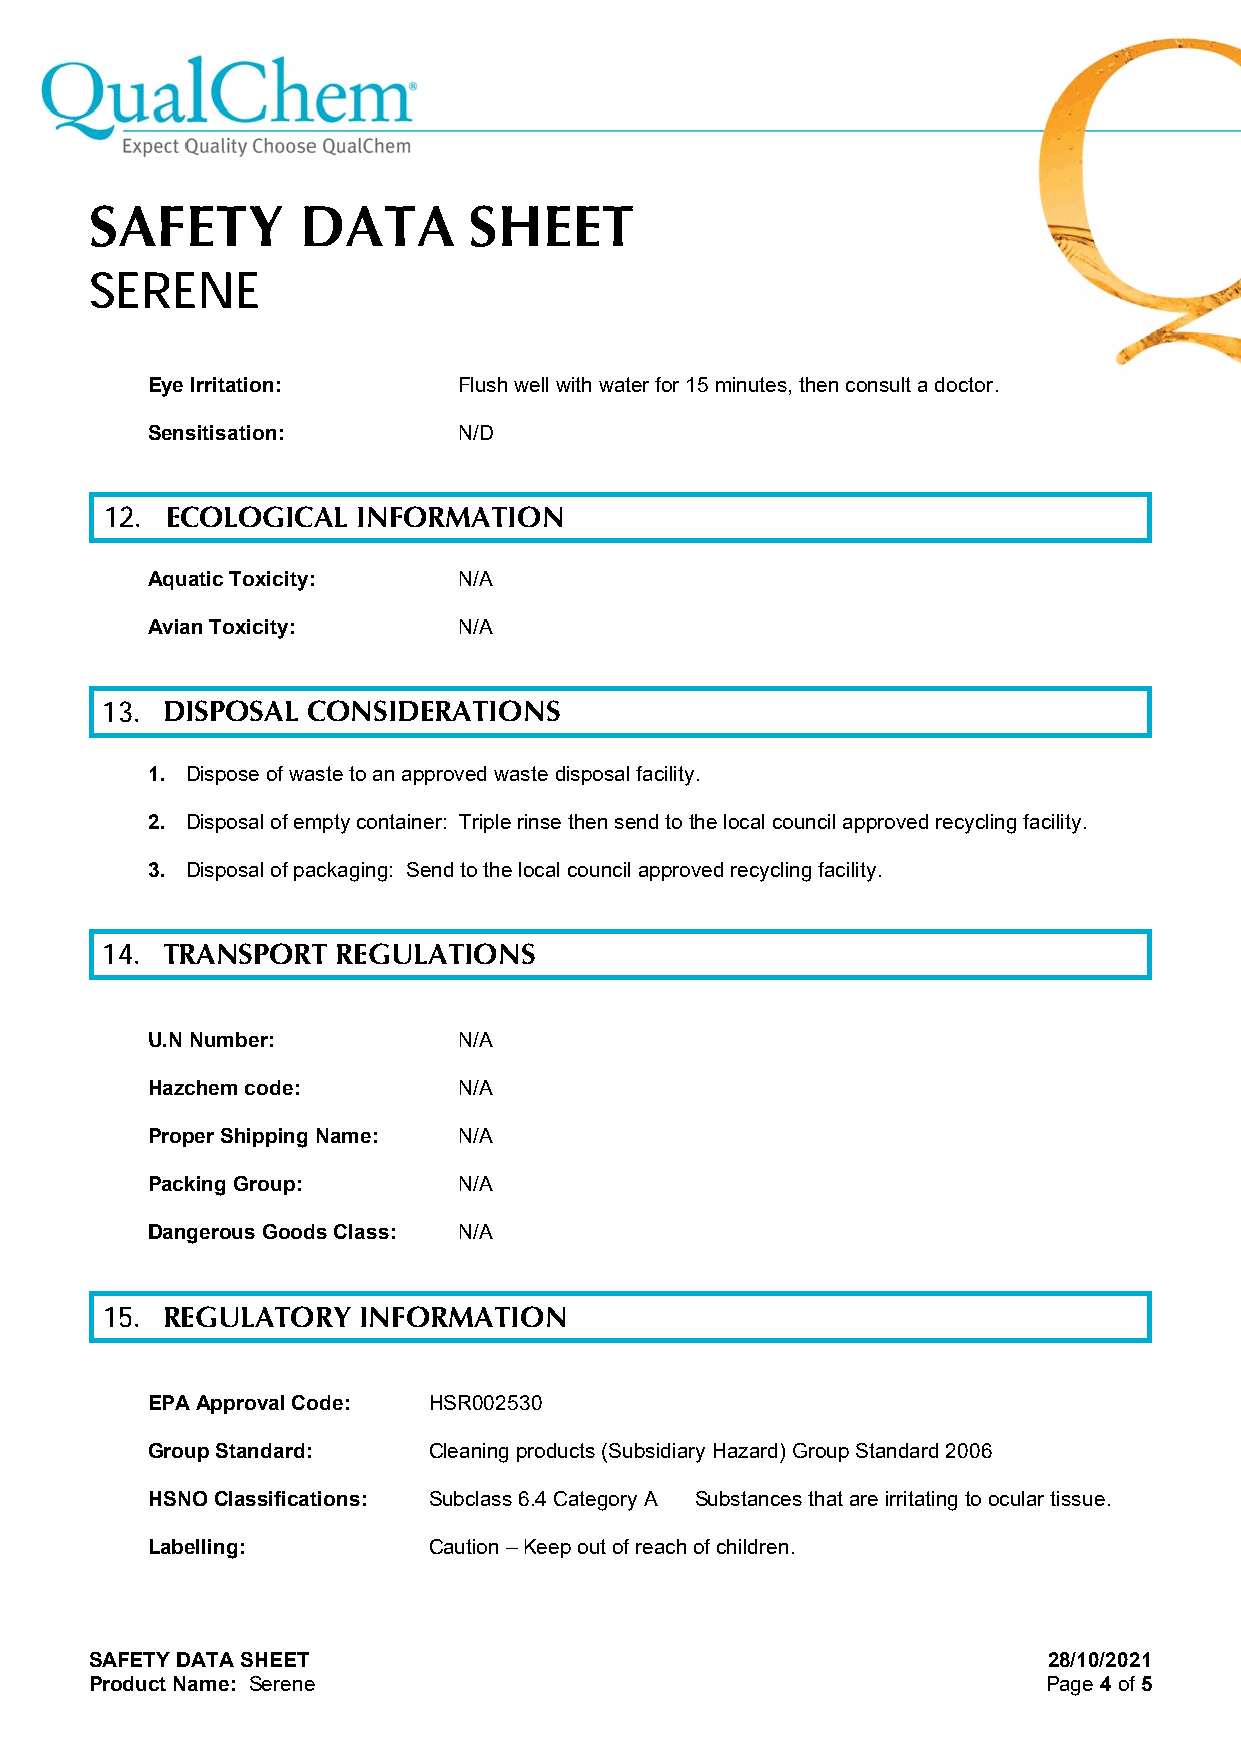
SAFETY        DATA       SHEET
 SERENE
 Eye Irritation:     Flush well with water for 15 minutes, then consult a doctor.
 Sensitisation:      N/D
 12. ECOLOGICAL   INFORMATION
 Aquatic Toxicity:   N/A
 Avian Toxicity:     N/A
 13. DISPOSAL CONSIDERATIONS
 1. Dispose of waste to an approved waste disposal facility.
 2. Disposal of empty container: Triple rinse then send to the local council approved recycling facility.
 3. Disposal of packaging: Send to the local council approved recycling facility.
 14. TRANSPORT  REGULATIONS
 U.N Number:         N/A
 Hazchem code:       N/A
 Proper Shipping Name: N/A
 Packing Group:      N/A
 Dangerous Goods Class: N/A
 15. REGULATORY   INFORMATION
 EPA Approval Code: HSR002530
 Group Standard:   Cleaning products (Subsidiary Hazard) Group Standard 2006
 HSNO Classifications: Subclass 6.4 Category A Substances that are irritating to ocular tissue.
 Labelling:        Caution – Keep out of reach of children.
 SAFETY DATA SHEET                                              28/10/2021
 Product Name: Serene                                           Page 4 of 5